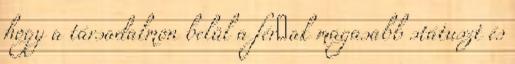
hogy a társadalmon belül a férﬁak magasabb státuszt és